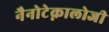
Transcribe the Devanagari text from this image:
नैनोटेक्नालोजी